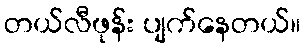
တယ်လီဖုန်း ပျက်နေတယ်။